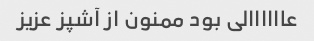
عاااااالی بود ممنون از آشپز عزیز